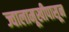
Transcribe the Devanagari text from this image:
ज्वालामूखीपासून